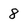
Character: 8